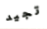
تجيد